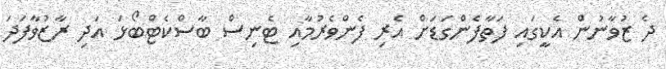
ދެ ޒުވާނުން އެކީގައި ފަތާފެންގަޑަށް އެރި ފެންވެރުމާއި ޓެނިސް ބާސްކެޓްބޯޅަ އަދި ރާޒުވާފަދަ